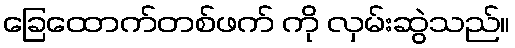
ခြေထောက်တစ်ဖက် ကို လှမ်းဆွဲသည်။